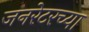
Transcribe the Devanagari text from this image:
जनरेटरच्या